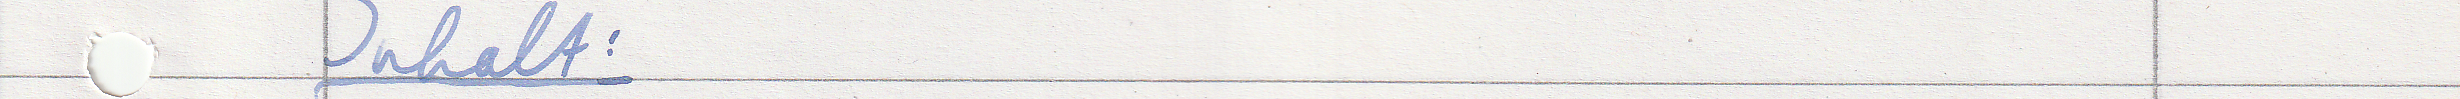
Inhalt: